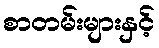
စာတမ်းများနှင့်